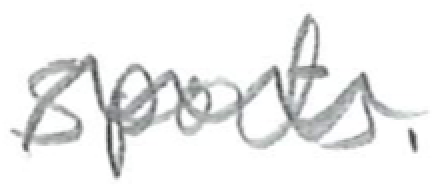
Text: Sports.
Cross-out: mix
Writing tool: digital_black